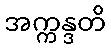
အက္ကန္ဒတိ